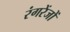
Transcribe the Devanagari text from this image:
रंगरेंजों